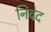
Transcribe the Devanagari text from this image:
निवेद